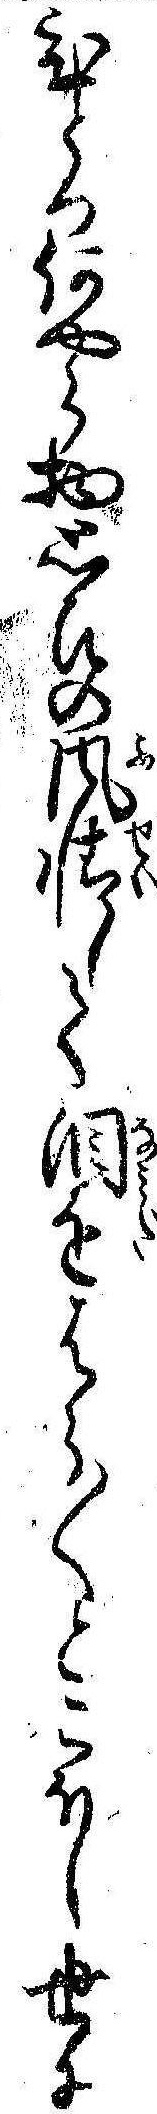
ひとつ何やら物思ひの風情して涙をはら〱とこほし世に